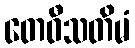
တေဝီသတိမံ